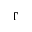
\Gamma